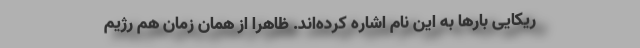
ریکایی بارها به این نام اشاره کرده‌اند. ظاهرا از همان زمان هم رژیم